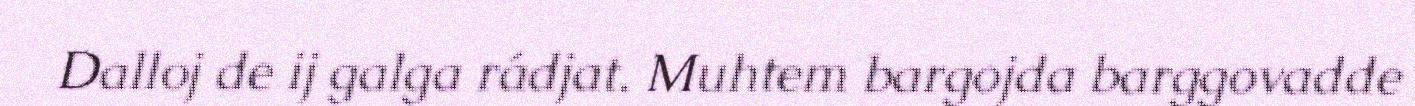
Dalloj de ij galga rádjat. Muhtem bargojda barggovadde